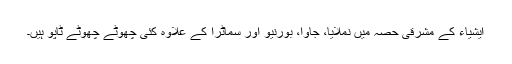
ایشیاء کے مشرقی حصہ میں نملایا، جاوا، بورنیو اور سماٹرا کے علاوہ کئی چھوٹے چھوٹے ٹاپو ہیں۔